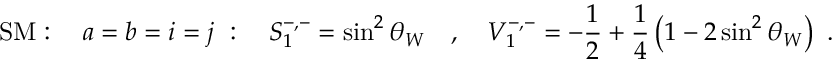
\mathrm { S M } : \ \ \ a = b = i = j \ : \ \ \ S _ { 1 } ^ { - , - } = \sin ^ { 2 } \theta _ { W } \ \ \ , \ \ \ V _ { 1 } ^ { - , - } = - \frac { 1 } { 2 } + \frac { 1 } { 4 } \left( 1 - 2 \sin ^ { 2 } \theta _ { W } \right) \ .